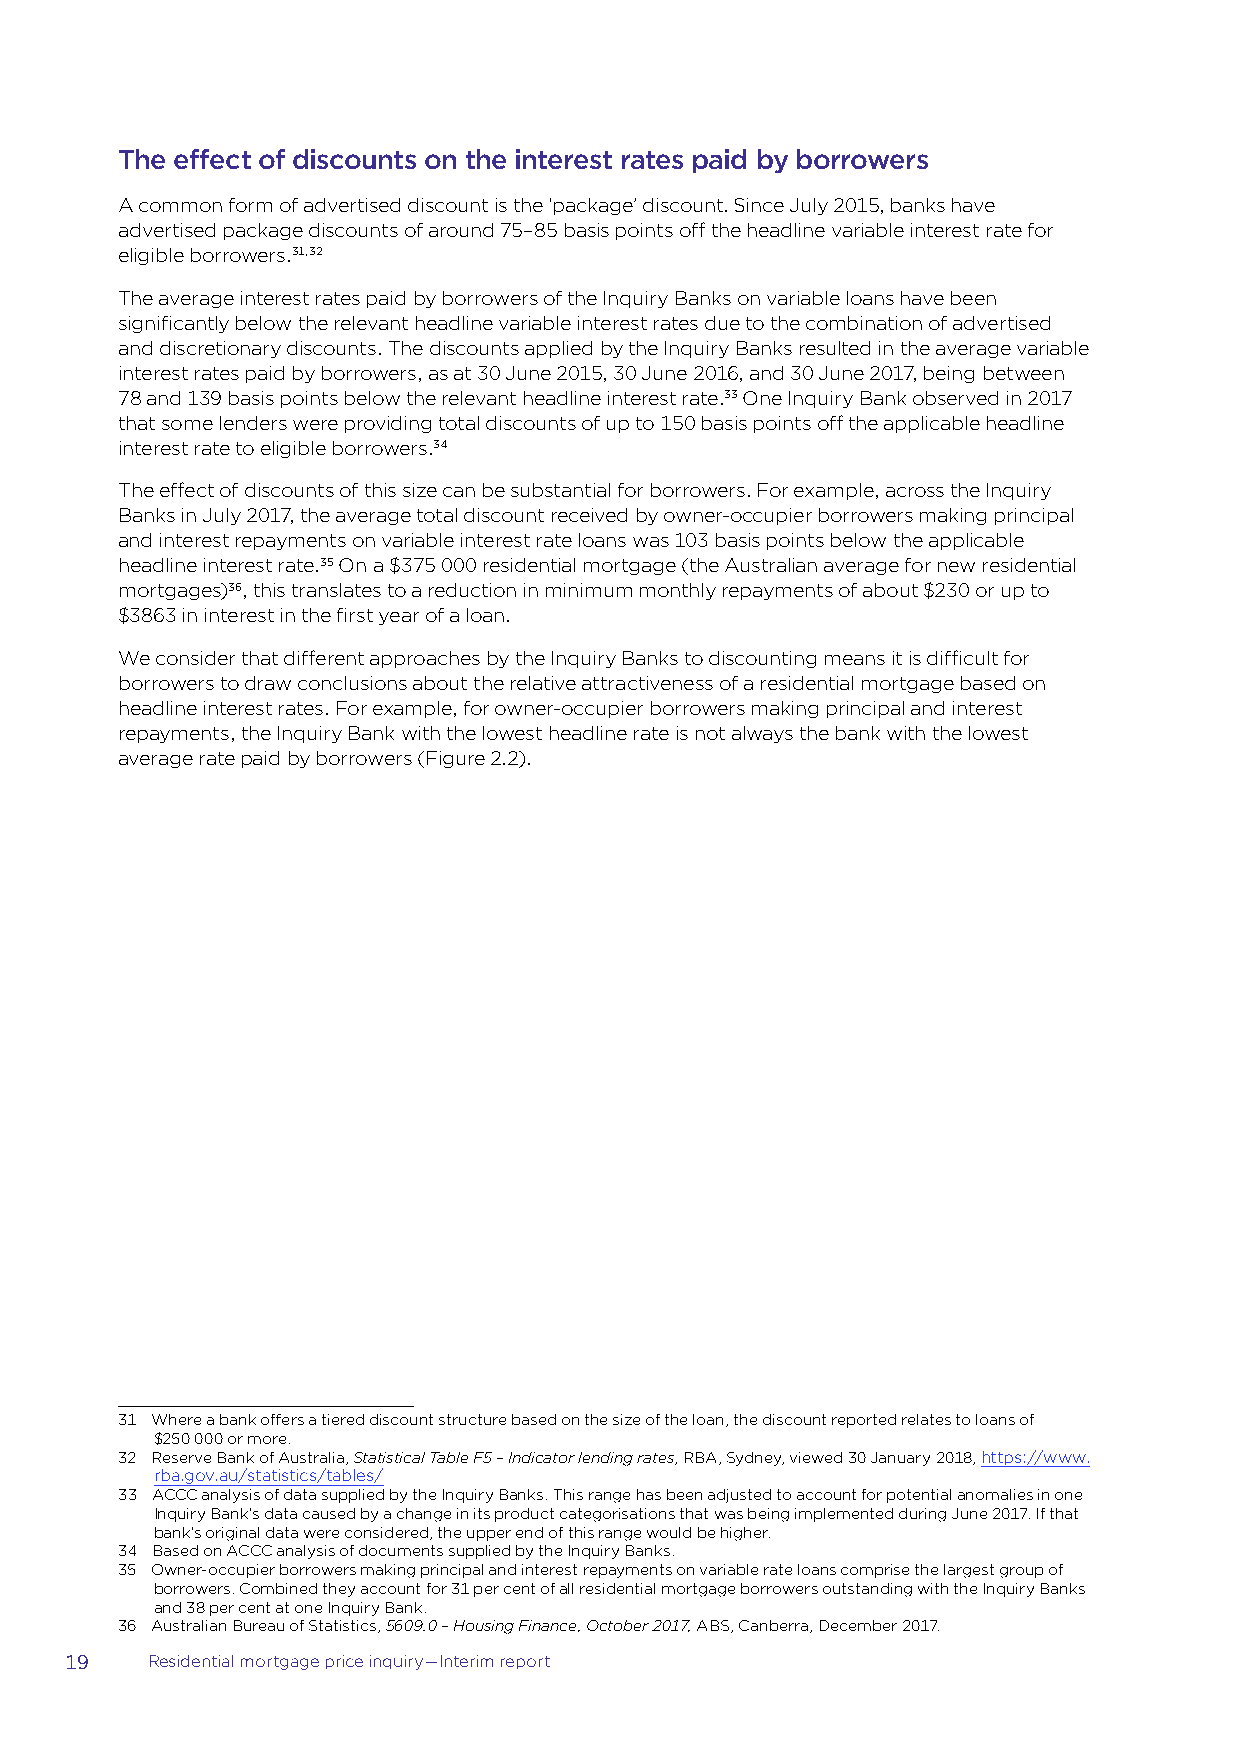
The effect of discounts on the interest rates paid by borrowers
 A common form of advertised discount is the ‘package’ discount. Since July 2015, banks have
 advertised package discounts of around 75–85 basis points off the headline variable interest rate for
 eligible borrowers.31,32
 The average interest rates paid by borrowers of the Inquiry Banks on variable loans have been
 significantly below the relevant headline variable interest rates due to the combination of advertised
 and discretionary discounts. The discounts applied by the Inquiry Banks resulted in the average variable
 interest rates paid by borrowers, as at 30 June 2015, 30 June 2016, and 30 June 2017, being between
 78 and 139 basis points below the relevant headline interest rate.33 One Inquiry Bank observed in 2017
 that some lenders were providing total discounts of up to 150 basis points off the applicable headline
 interest rate to eligible borrowers.34
 The effect of discounts of this size can be substantial for borrowers. For example, across the Inquiry
 Banks in July 2017, the average total discount received by owner-occupier borrowers making principal
 and interest repayments on variable interest rate loans was 103 basis points below the applicable
 headline interest rate.35 On a $375 000 residential mortgage (the Australian average for new residential
 mortgages)36, this translates to a reduction in minimum monthly repayments of about $230 or up to
 $3863 in interest in the first year of a loan.
 We consider that different approaches by the Inquiry Banks to discounting means it is difficult for
 borrowers to draw conclusions about the relative attractiveness of a residential mortgage based on
 headline interest rates. For example, for owner-occupier borrowers making principal and interest
 repayments, the Inquiry Bank with the lowest headline rate is not always the bank with the lowest
 average rate paid by borrowers (Figure 2.2).
 31 Where a bank offers a tiered discount structure based on the size of the loan, the discount reported relates to loans of
 $250 000 or more.
 32 Reserve Bank of Australia, Statistical Table F5 – Indicator lending rates, RBA, Sydney, viewed 30 January 2018, https://www.
 rba.gov.au/statistics/tables/
 33 ACCC analysis of data supplied by the Inquiry Banks. This range has been adjusted to account for potential anomalies in one
 Inquiry Bank’s data caused by a change in its product categorisations that was being implemented during June 2017. If that
 bank’s original data were considered, the upper end of this range would be higher.
 34 Based on ACCC analysis of documents supplied by the Inquiry Banks.
 35 Owner-occupier borrowers making principal and interest repayments on variable rate loans comprise the largest group of
 borrowers. Combined they account for 31 per cent of all residential mortgage borrowers outstanding with the Inquiry Banks
 and 38 per cent at one Inquiry Bank.
 36 Australian Bureau of Statistics, 5609.0 – Housing Finance, October 2017, ABS, Canberra, December 2017.
 19    Residential mortgage price inquiry—Interim report